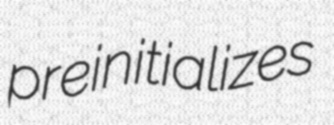
preinitializes